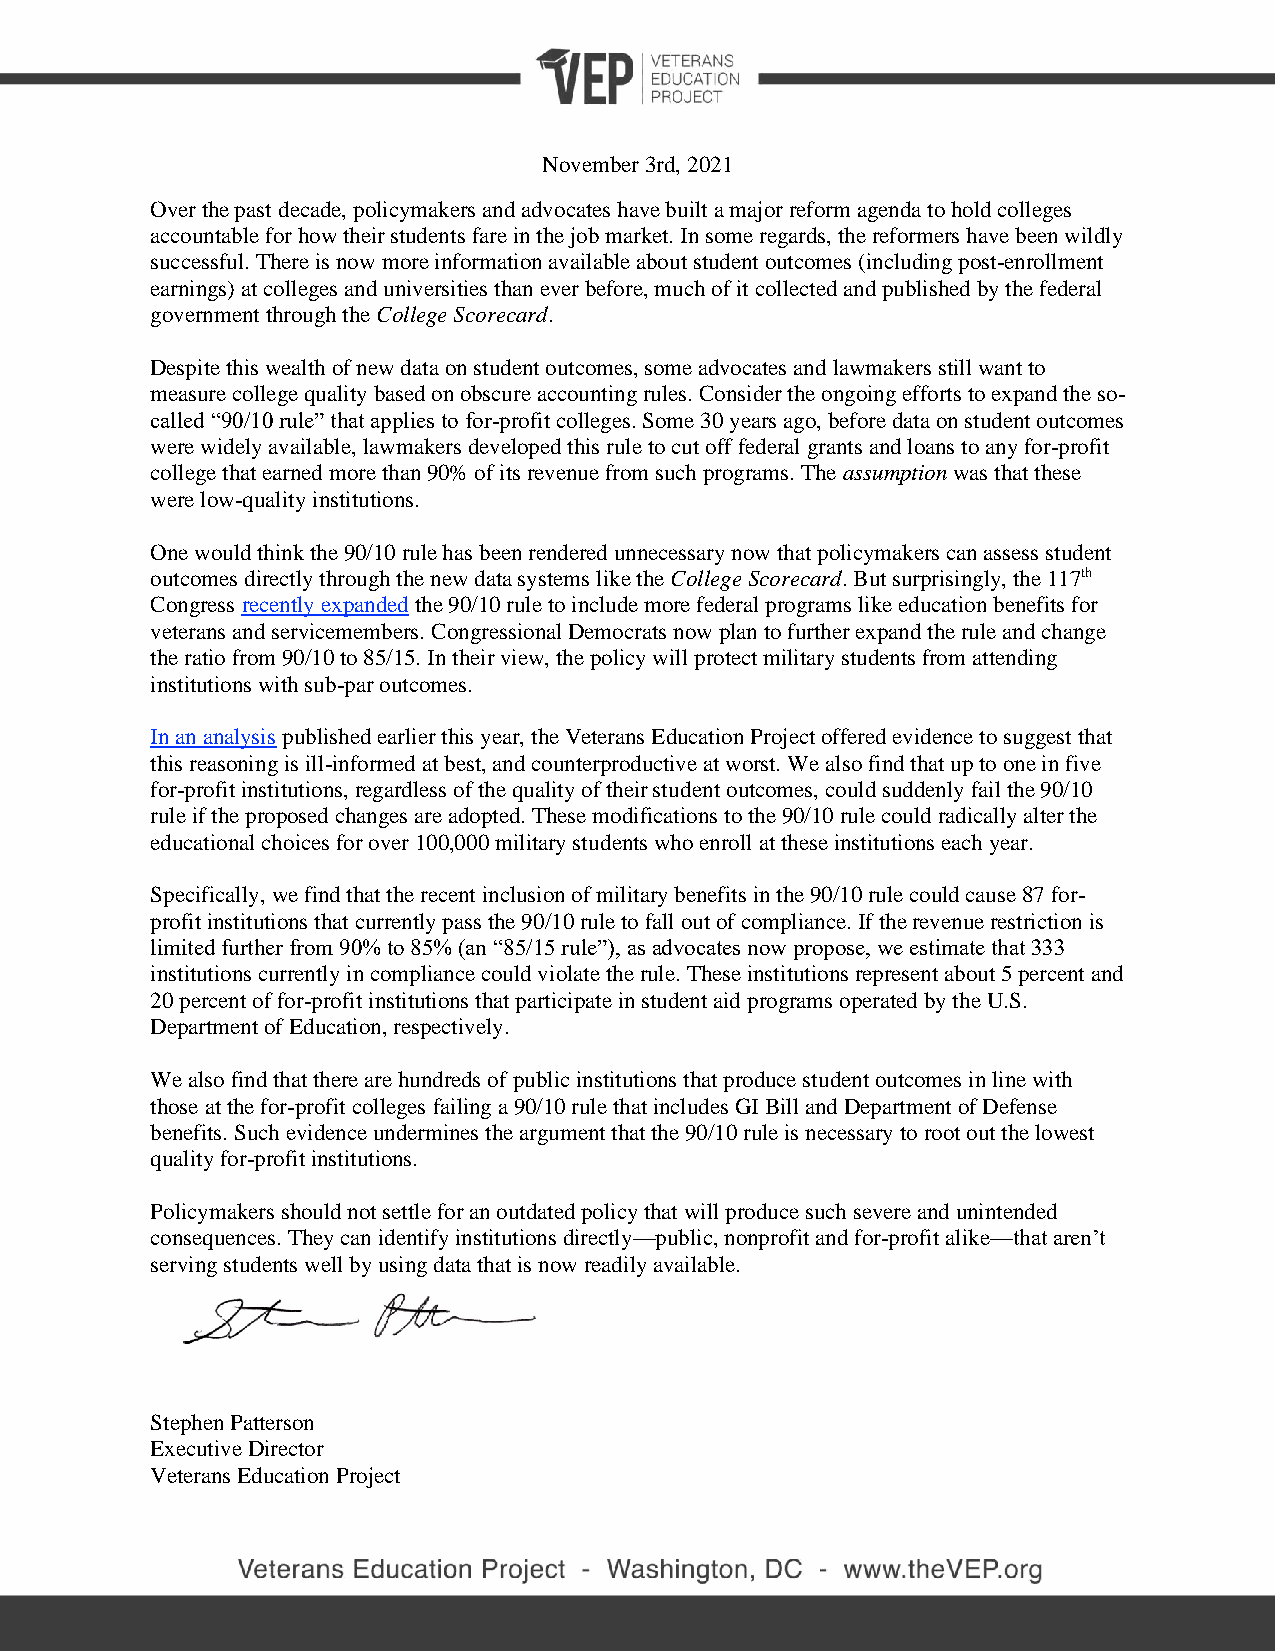
November 3rd, 2021
 Over the past decade, policymakers and advocates have built a major reform agenda to hold colleges
 accountable for how their students fare in the job market. In some regards, the reformers have been wildly
 successful. There is now more information available about student outcomes (including post-enrollment
 earnings) at colleges and universities than ever before, much of it collected and published by the federal
 government through the College Scorecard.
 Despite this wealth of new data on student outcomes, some advocates and lawmakers still want to
 measure college quality based on obscure accounting rules. Consider the ongoing efforts to expand the so-
 called “90/10 rule” that applies to for-profit colleges. Some 30 years ago, before data on student outcomes
 were widely available, lawmakers developed this rule to cut off federal grants and loans to any for-profit
 college that earned more than 90% of its revenue from such programs. The assumption was that these
 were low-quality institutions.
 One would think the 90/10 rule has been rendered unnecessary now that policymakers can assess student
 outcomes directly through the new data systems like the College Scorecard. But surprisingly, the 117th
 Congress recently expanded the 90/10 rule to include more federal programs like education benefits for
 veterans and servicemembers. Congressional Democrats now plan to further expand the rule and change
 the ratio from 90/10 to 85/15. In their view, the policy will protect military students from attending
 institutions with sub-par outcomes.
 In an analysis published earlier this year, the Veterans Education Project offered evidence to suggest that
 this reasoning is ill-informed at best, and counterproductive at worst. We also find that up to one in five
 for-profit institutions, regardless of the quality of their student outcomes, could suddenly fail the 90/10
 rule if the proposed changes are adopted. These modifications to the 90/10 rule could radically alter the
 educational choices for over 100,000 military students who enroll at these institutions each year.
 Specifically, we find that the recent inclusion of military benefits in the 90/10 rule could cause 87 for-
 profit institutions that currently pass the 90/10 rule to fall out of compliance. If the revenue restriction is
 limited further from 90% to 85% (an “85/15 rule”), as advocates now propose, we estimate that 333
 institutions currently in compliance could violate the rule. These institutions represent about 5 percent and
 20 percent of for-profit institutions that participate in student aid programs operated by the U.S.
 Department of Education, respectively.
 We also find that there are hundreds of public institutions that produce student outcomes in line with
 those at the for-profit colleges failing a 90/10 rule that includes GI Bill and Department of Defense
 benefits. Such evidence undermines the argument that the 90/10 rule is necessary to root out the lowest
 quality for-profit institutions.
 Policymakers should not settle for an outdated policy that will produce such severe and unintended
 consequences. They can identify institutions directly—public, nonprofit and for-profit alike—that aren’t
 serving students well by using data that is now readily available.
 Stephen Patterson
 Executive Director
 Veterans Education Project